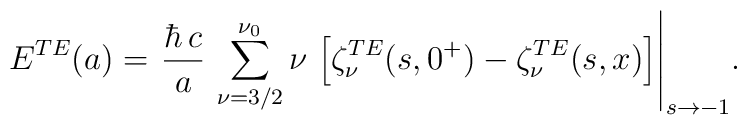
\displaystyle{    E^{TE}(a) =\left.    \frac{\hbar\, c}{a}  \,    \sum_{\nu=3/2}^{\nu_{0}} \nu \,    \left[\zeta_\nu^{TE}(s,0^+) -    \zeta_\nu^{TE}(s,x)\right]\right|_{s\rightarrow -1}}.